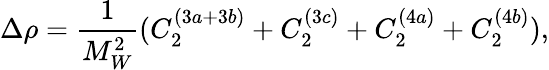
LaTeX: \Delta\rho=\frac{1}{M_{W}^{2}}(C_{2}^{(3a+3b)}+C_{2}^{(3c)}+C_{2}^{(4a)}+C_{2}^{(4b)}),